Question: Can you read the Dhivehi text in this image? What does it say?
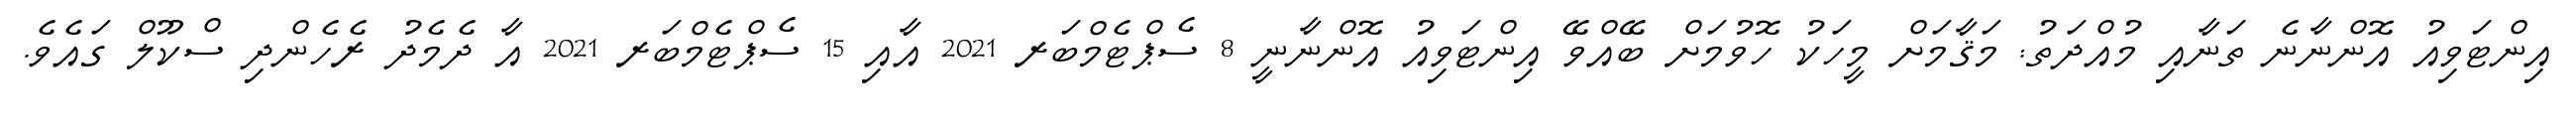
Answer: އިންޓަވިއު އޮންނާނެ ތަނާއި މުއްދަތު: މަޤާމަށް މީހަކު ހޮވުމަށް ބޭއްވޭ އިންޓަވިއު އޮންނާނީ 8 ސެޕްޓެމްބަރ 2021 އާއި 15 ސެޕްޓެމްބަރ 2021 އާ ދެމެދު ރެހެންދި ސްކޫލް ގައެވެ.